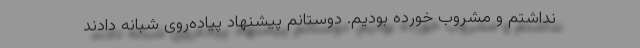
نداشتم و مشروب خورده بودیم. دوستانم پیشنهاد پیاده‌روی شبانه دادند